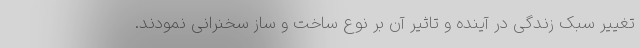
تغییر سبک زندگی در آینده و تاثیر آن بر نوع ساخت و ساز سخنرانی نمودند.